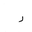
Letter: _ra